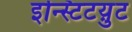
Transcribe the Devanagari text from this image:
इन्स्टिटय़ुट